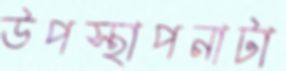
উপস্থাপনাটা